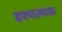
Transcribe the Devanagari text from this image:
दृश्यत्मक